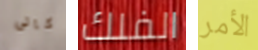
كالى الفلك الأمر